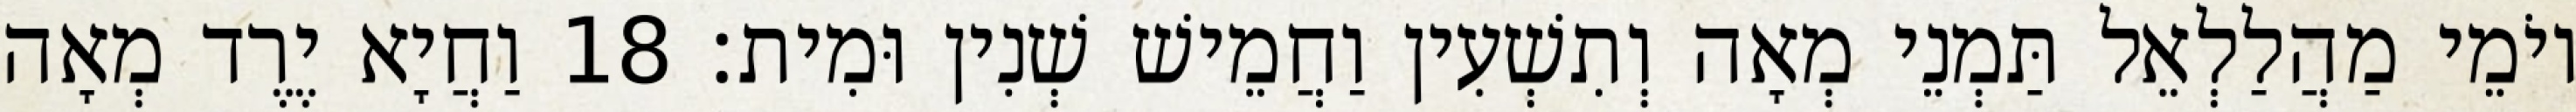
יוֹמֵי מַהֲלַלְאֵל תַּמְנֵי מְאָה וְתִשְׁעִין וַחֲמֵישׁ שְׁנִין וּמִית׃ 18 וַחֲיָא יֶרֶד מְאָה